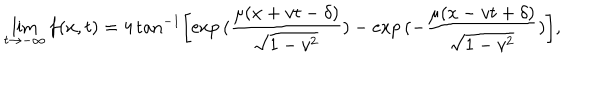
LaTeX: \lim _ { t \rightarrow - \infty } f ( x , t ) = 4 \tan ^ { - 1 } \left[ \exp { ( \frac { \mu ( x + v t - \delta ) } { \sqrt { 1 - v ^ { 2 } } } ) } - \exp { ( - \frac { \mu ( x - v t + \delta ) } { \sqrt { 1 - v ^ { 2 } } } ) } \right] ,